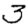
Digit: 3